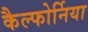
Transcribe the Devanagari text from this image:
कैल्फोर्निया